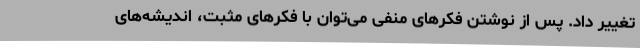
تغییر داد. پس از نوشتن فکرهای منفی می‌توان با فکرهای مثبت، اندیشه‌های